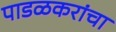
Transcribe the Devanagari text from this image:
पाडळकरांचा